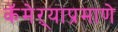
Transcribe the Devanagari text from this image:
कॅमेऱ्याप्रमाणे